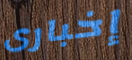
إخبارى